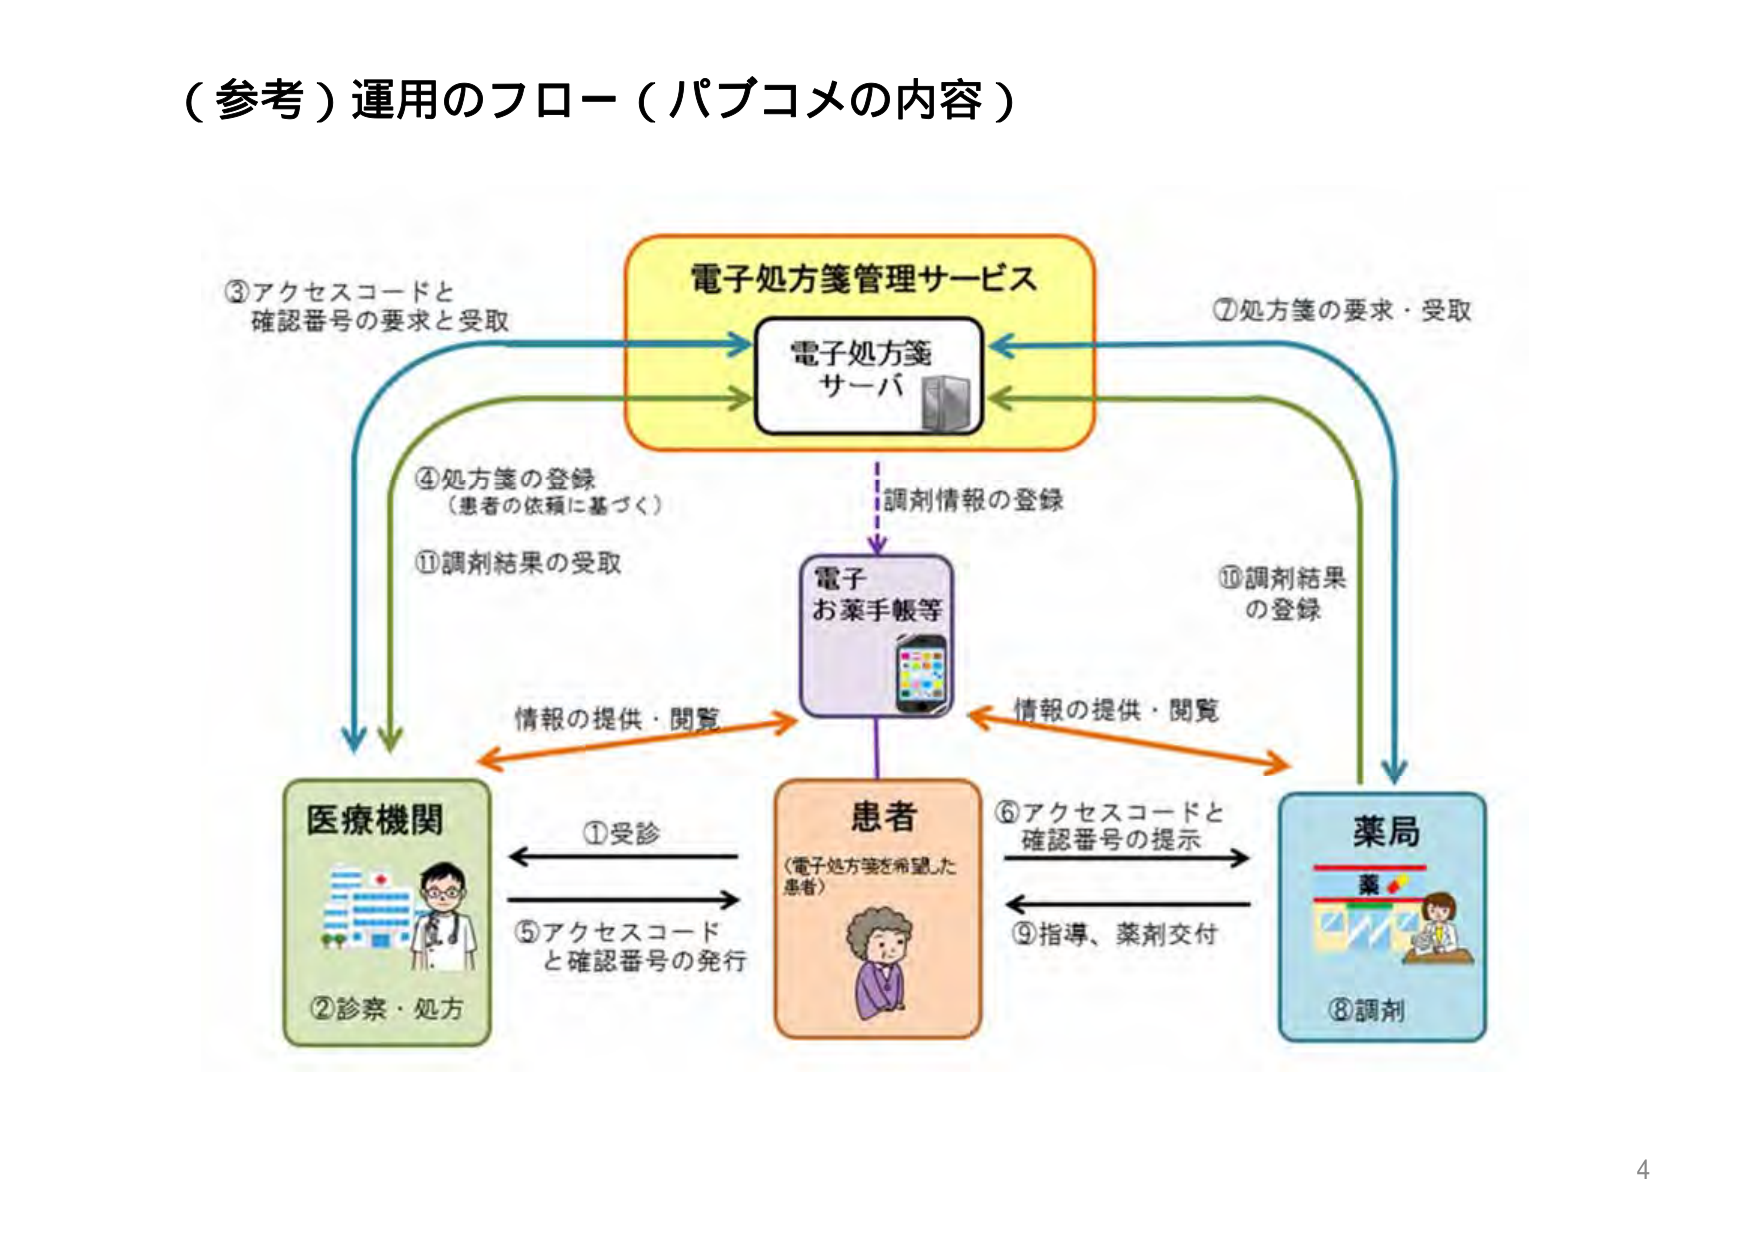
（参考）運用のフロー（パブコメの内容）

③アクセスコードと
確認番号の要求と受取

電子処方箋管理サービス
電子処方箋
サーバ

⑦処方箋の要求・受取

④処方箋の登録
（患者の依頼に基づく）

⑪調剤結果の受取

調剤情報の登録

電子
お薬手帳等

⑩調剤結果
の登録

情報の提供・閲覧

情報の提供・閲覧

医療機関
①受診
②診察・処方

⑤アクセスコード
と確認番号の発行

患者
（電子処方箋を希望した
患者）

⑥アクセスコードと
確認番号の提示

⑨指導、薬剤交付

薬局
薬
⑧調剤

4